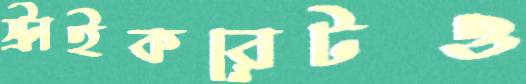
স্ট্রাইকরেটও